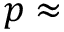
p \approx